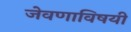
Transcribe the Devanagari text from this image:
जेवणाविषयी